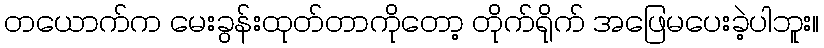
တယောက်က မေးခွန်းထုတ်တာကိုတော့ တိုက်ရိုက် အဖြေမပေးခဲ့ပါဘူး။